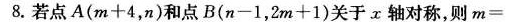
8.若点$$A ( $$m + 4$$ ，n ) 和 点 B ( $$n - 1$$ ，$$2 m + 1$$ )$$关于α轴对称，则$$m =$$